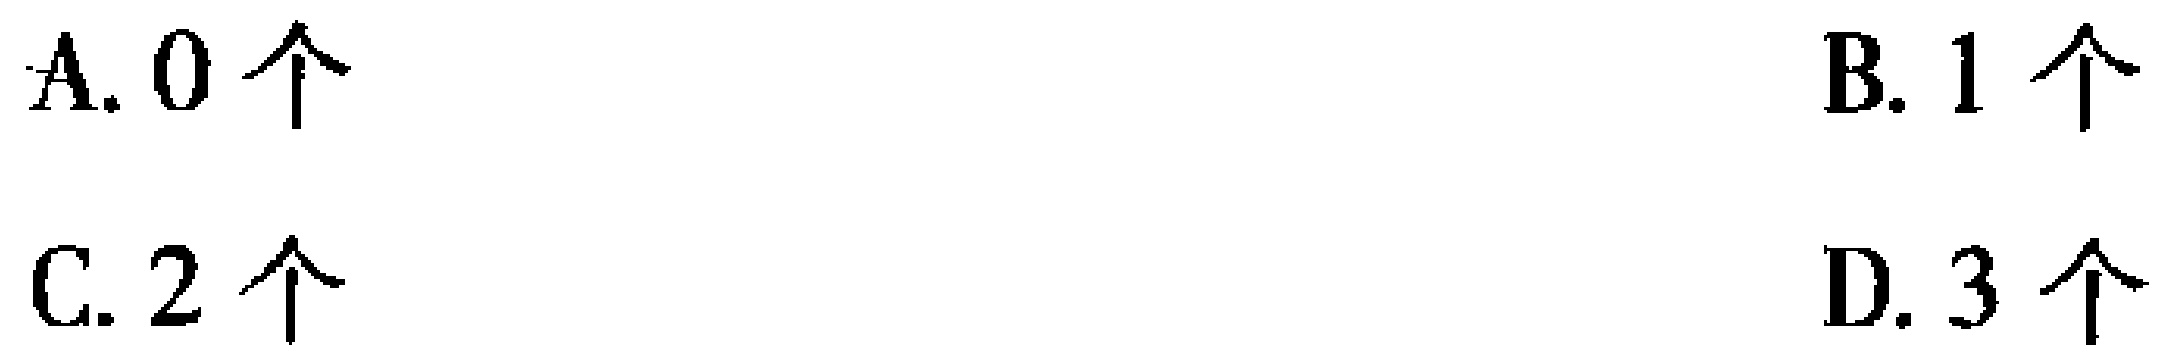
A. \(0\)个
B. \(1\)个
C. \(2\)个
D. \(3\)个